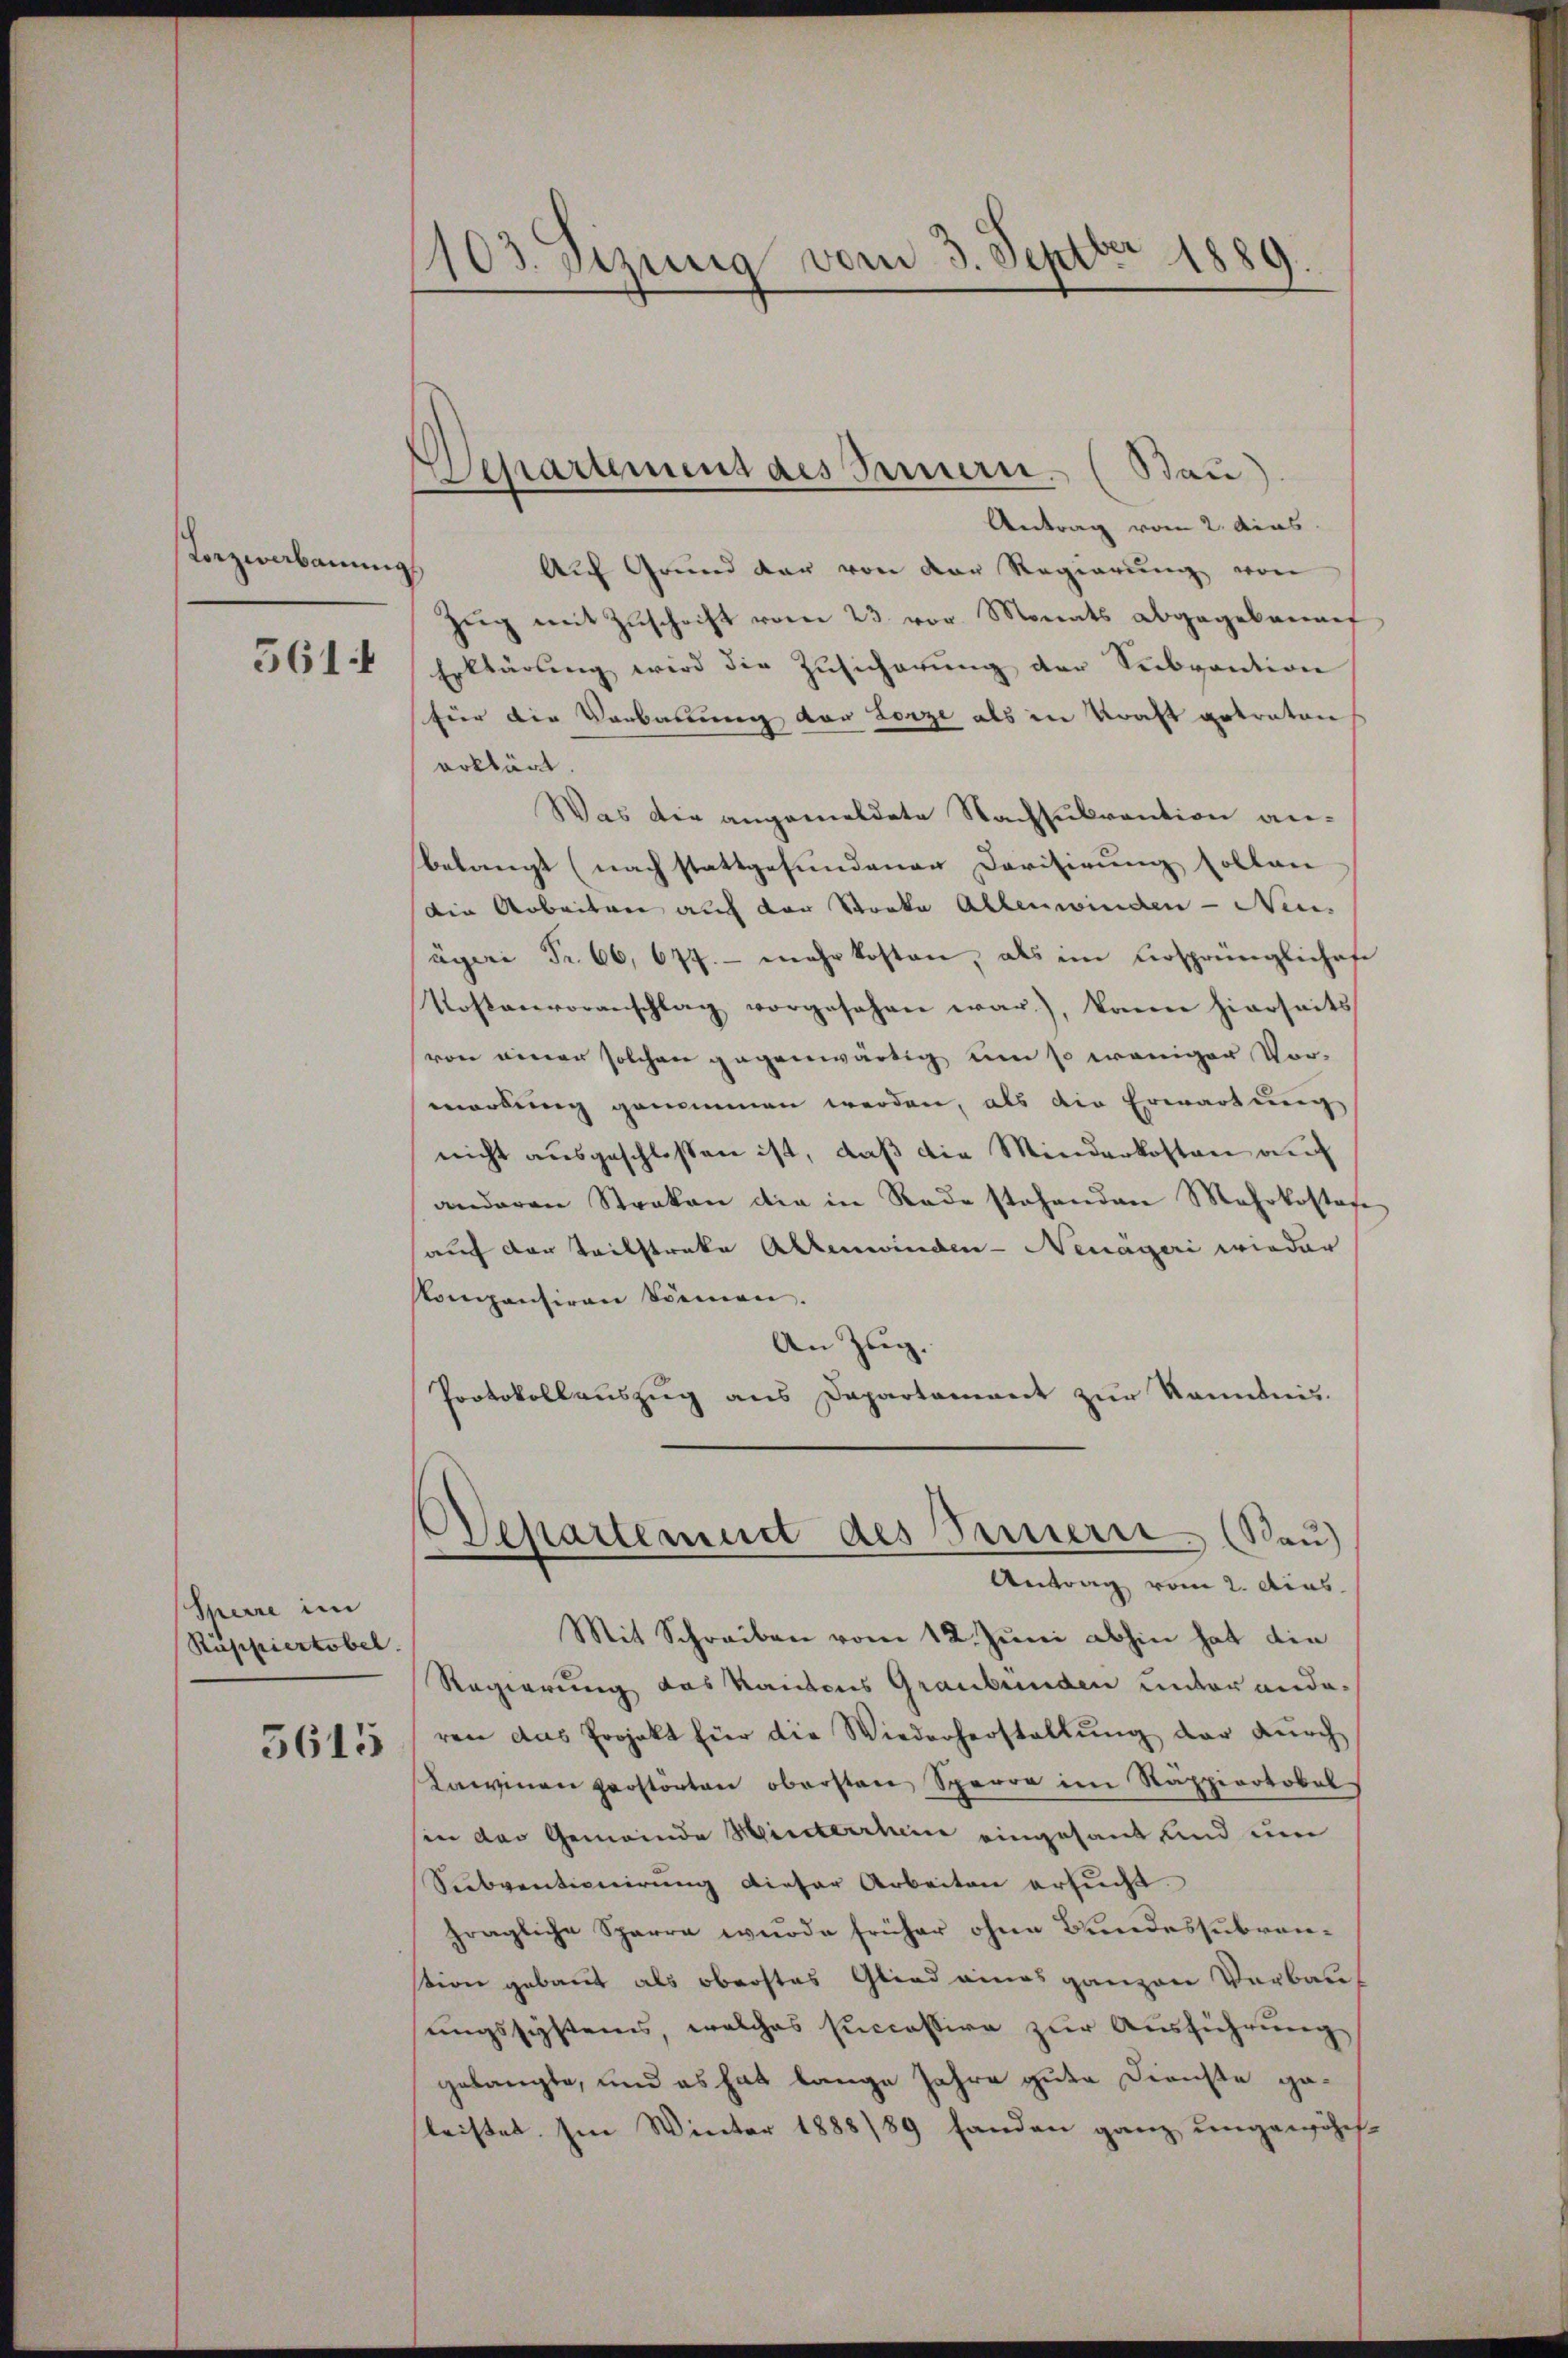
Lorzeerbauung
561.

Sperre im
Rappiertobel.

5615

1103. Sizung vom 3. Septbr 1889.

Separtement des Feuern. (Bau)

Antrag vom 2. das
Auf Grund der von der Regierŭng von
Zŭg mit Zŭschrift vom 23. vor. Monats abgegebenef
Erklärung wird die Zusicherung der Subvention
für die Verbauung vor Lorze als in Kraft getraten
erklärt
Was die angemeldete Nachsubvention anbelangt (nach stattgefundenen Dorisirung sollen
Die Arbeiten auf der Stocka Allenwinden - Nen
ägeri Fr. 66, 677. - mehr kosten, als im Ursprünglichofe
Kostenvoranschlag vorgesehen war), kann hierseits
von einer solchen gegenwärtig um so weniger Vor-
mordung genommen werden, als die Erwartung
nicht ausgeschlossen ist, daß die Minderkosten auf
anderen Streken die in Rade stehenden Mehrkostafe
auf der Teilstreke Altenwinden - Neuageri wieder
kompensiren können.
An Zug.
Protokollauszug aus Departement zur Kenntnis.

Departement des Bernern (Rau)
Antrag vom 2. das

Mit Schreiben vom 12. Juni abhin hat die
Regierung das Kantons Graubünden unter anderen das Projekt für die Wiederherstellŭng der dŭrch
Lawinen perstörten obersten Sperre im Rappiertobel
sin das Gemeinde Hinterrhein eingesant und um
Subventionirung dieser Arbeiten ersucht.
fragliche Sparre wurde früher ohne Bundessubvenstion gebaut als oberstes Glied eines ganzen Verbauungssystems, welches successive zur Ausführung
gelangte, und es hat lange Jahre gute Dienste geleistet. Im Winter 1888/89 fanden ganz ungewöhns-